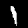
Digit: 1